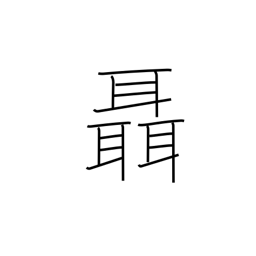
Meaning: whisper